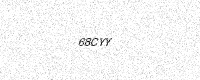
Text: 68CYY